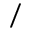
/